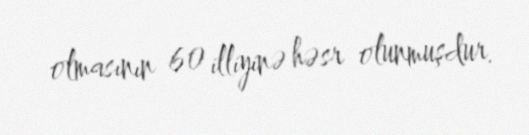
olmasının 60 illiyinə həsr olunmuşdur.